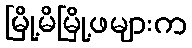
မြို့မိမြို့ဖများက